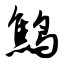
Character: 鹪